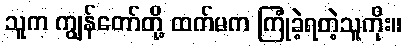
သူက ကျွန်တော်တို့ ထက်မက ကြုံခဲ့ရတဲ့သူကိုး။